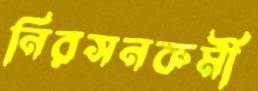
নিরসনকর্মী